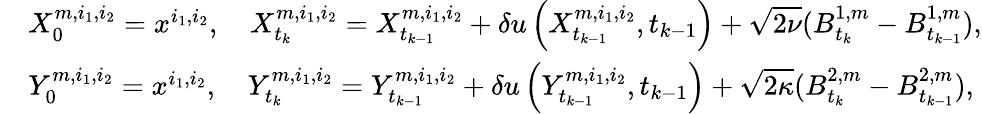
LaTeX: \begin{array}{rl}&{X_{0}^{m,i_{1},i_{2}}=x^{i_{1},i_{2}},\quad X_{t_{k}}^{m,i_{1},i_{2}}=X_{t_{k-1}}^{m,i_{1},i_{2}}+\delta u\left(X_{t_{k-1}}^{m,i_{1},i_{2}},t_{k-1}\right)+\sqrt{2\nu}(B_{t_{k}}^{1,m}-B_{t_{k-1}}^{1,m}),}\\ &{Y_{0}^{m,i_{1},i_{2}}=x^{i_{1},i_{2}},\quad Y_{t_{k}}^{m,i_{1},i_{2}}=Y_{t_{k-1}}^{m,i_{1},i_{2}}+\delta u\left(Y_{t_{k-1}}^{m,i_{1},i_{2}},t_{k-1}\right)+\sqrt{2\kappa}(B_{t_{k}}^{2,m}-B_{t_{k-1}}^{2,m}),}\end{array}